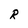
Character: R